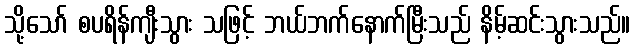
သို့သော် စပရိန်ကျီးသွား သဖြင့် ဘယ်ဘက်နောက်မြီးသည် နိမ့်ဆင်းသွားသည်။